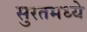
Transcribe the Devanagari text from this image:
सुरतमध्ये